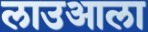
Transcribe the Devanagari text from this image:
लाउआला